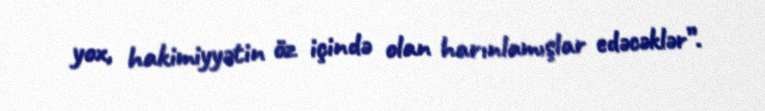
yox, hakimiyyətin öz içində olan harınlamışlar edəcəklər”.